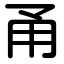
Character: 甬